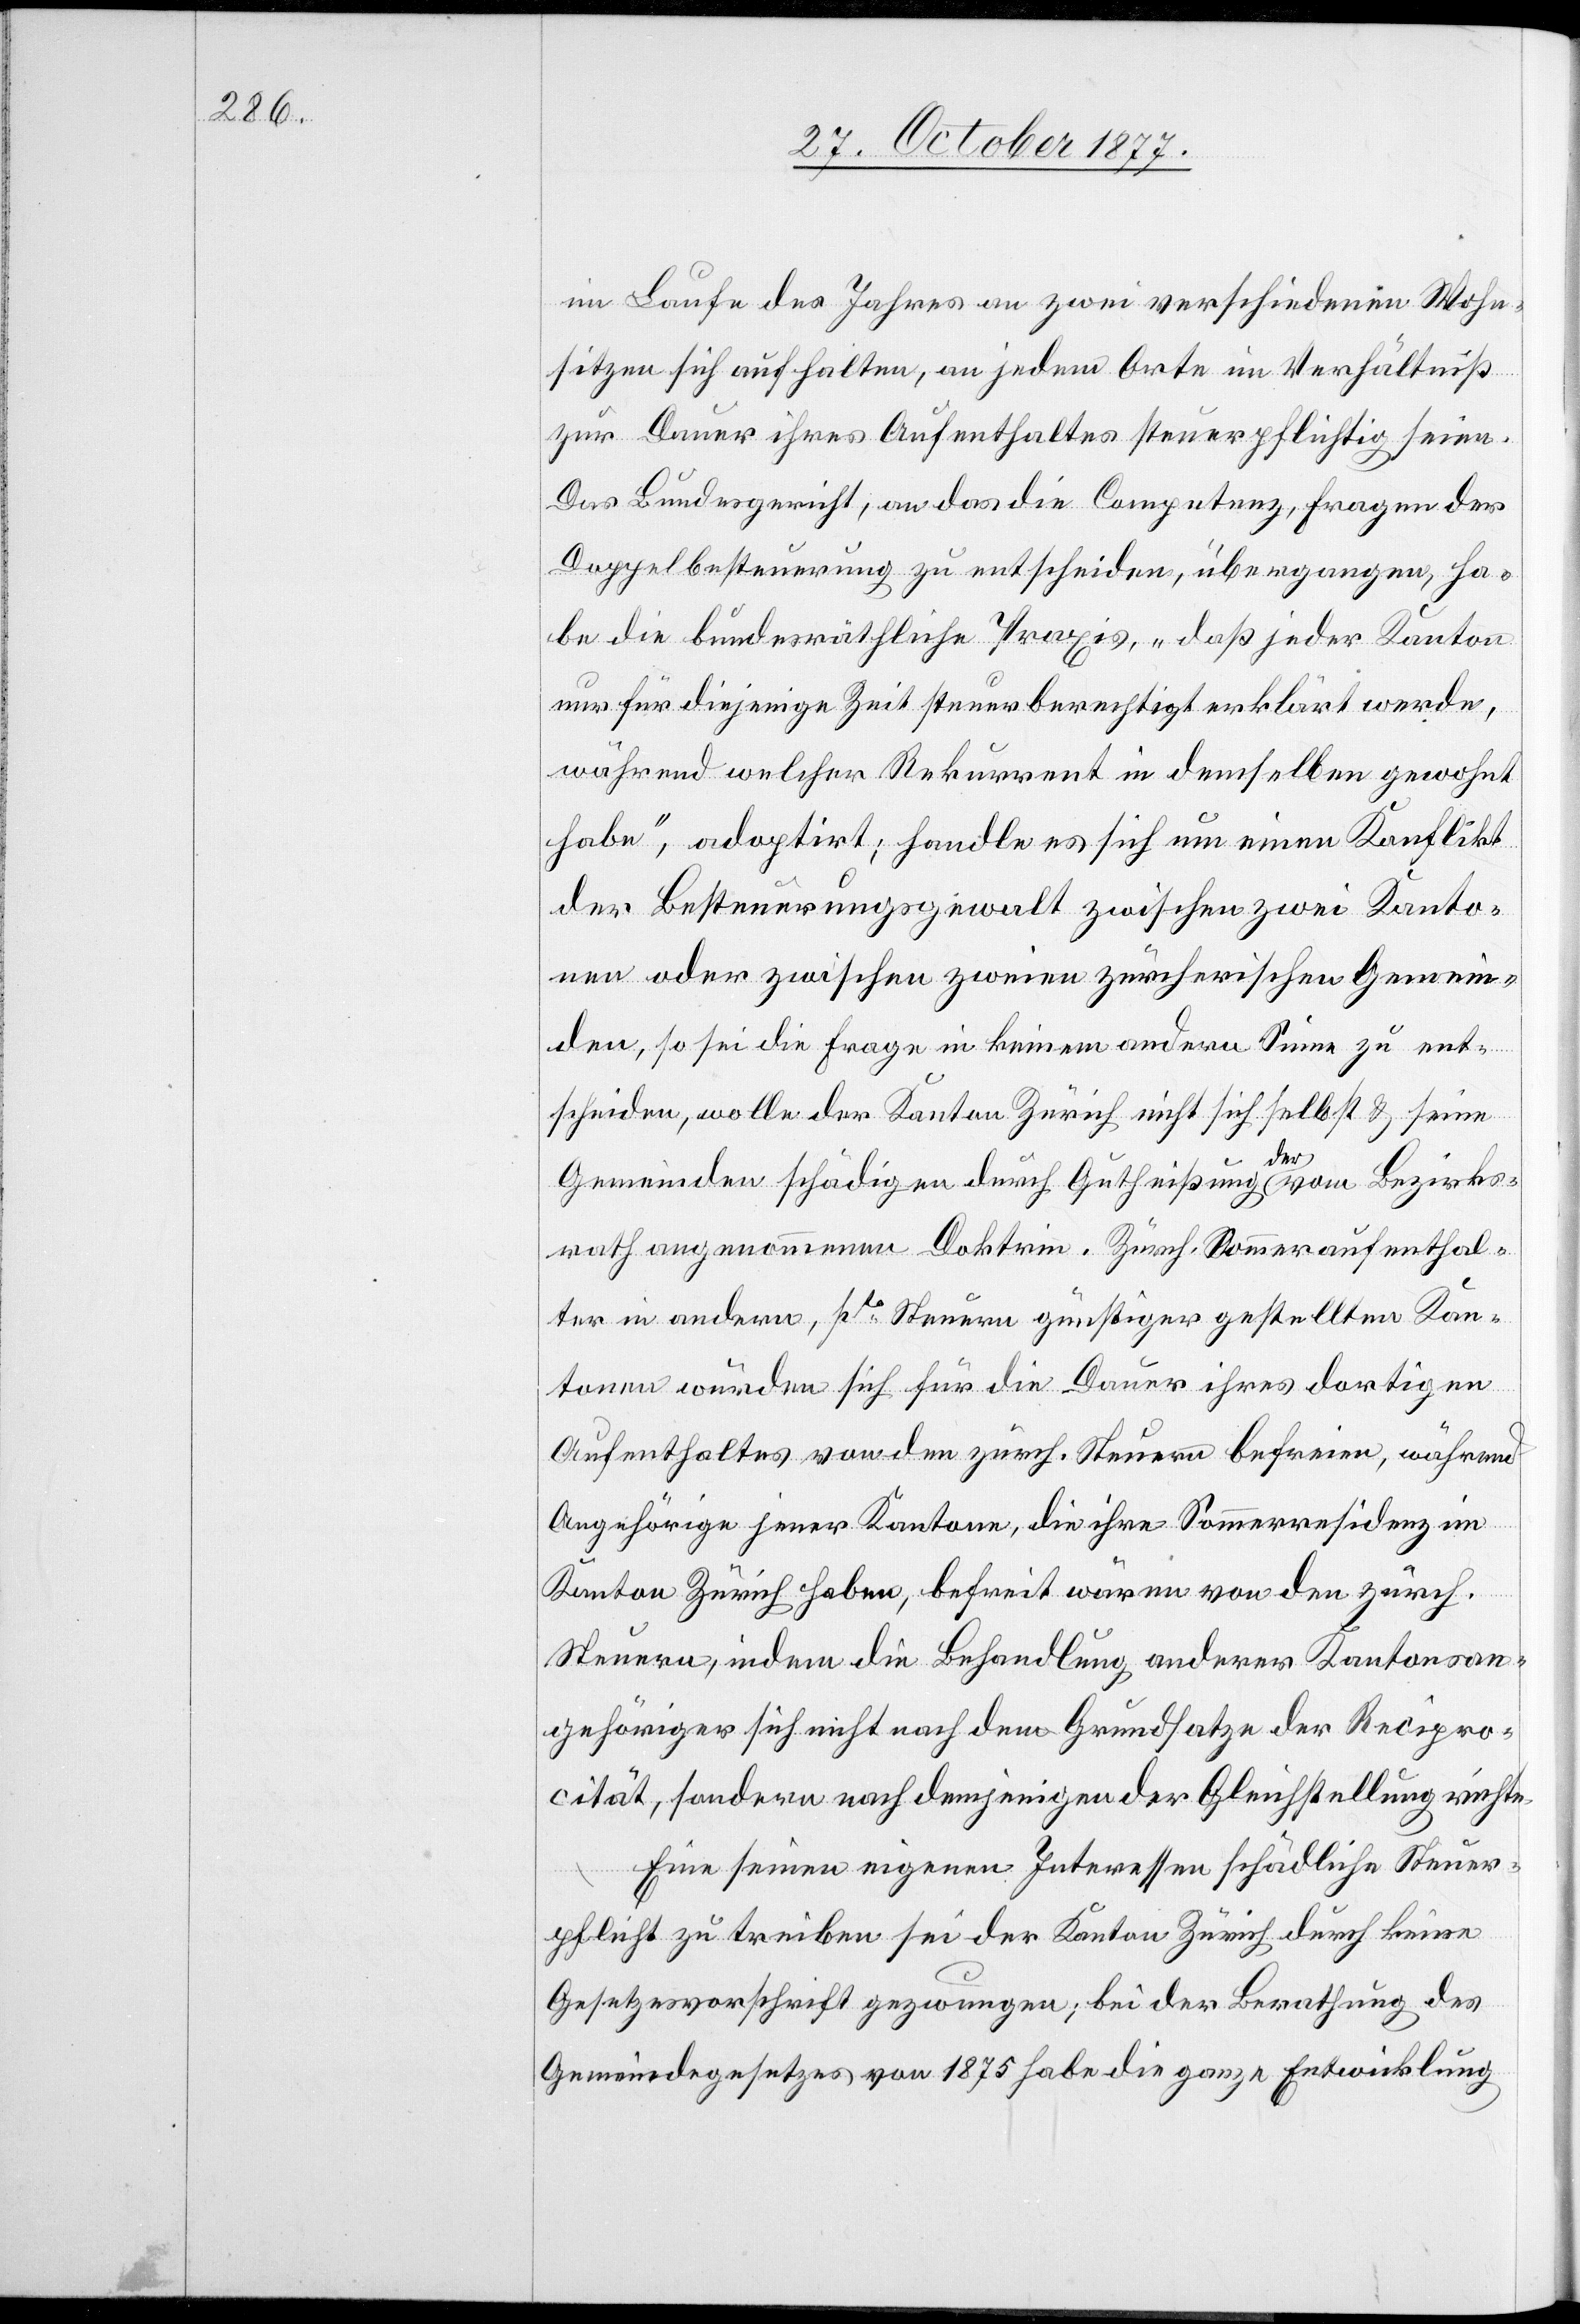
im Laufe des Jahres an zwei verschiedenen Wohn¬
sitzen sich aufhalten, an jedem Orte im Verhältniß
zur Dauer ihres Aufenthaltes steuerpflichtig seien.
Das Bundesgericht, an das die Competenz, Fragen der
Doppelbesteuerung zu entscheiden, übergangen, ha¬
be die bundesräthliche Praxis, „daß jeder Kanton
nur für diejenige Zeit steuerberechtigt erklärt werde,
während welcher Rekurrent in demselben gewohnt
habe“, adoptirt; handle es sich um einen Konflikt
der Besteuerungsgewalt zwischen zwei Kanto¬
nen oder zwischen zweien zürcherischen Gemein¬
den, so sei die Frage in keinem andern Sinne zu ent¬
scheiden, wolle der Kanton Zürich nicht sich selbst & seine
Gemeinden schädigen durch Gutheißung der vom Bezirks¬
rath angenommenen Doktrin. Zürch. Sommeraufenthal¬
ter in andern, pto Steuern günstiger gestellten Kan¬
tonen würden sich für die Dauer ihres dortigen
Aufenthaltes von den zürch. Steuern befreien, während
Angehörige jener Kantone, die ihre Sommerresidenz im
Kanton Zürich haben, befreit wären von den zürch.
Steuern, indem die Behandlung anderer Kantonsan¬
gehöriger sich nicht nach dem Grundsatze der Recipro¬
cität, sondern nach demjenigen der Gleichstellung richte.
Eine seinen eigenen Interessen schädliche Steuer¬
pflicht zu treiben sei der Kanton Zürich durch keine
Gesetzesvorschrift gezwungen; bei der Berathung des
Gemeindegesetzes von 1875 habe die ganze Entwicklung